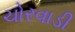
ચોરવાડી